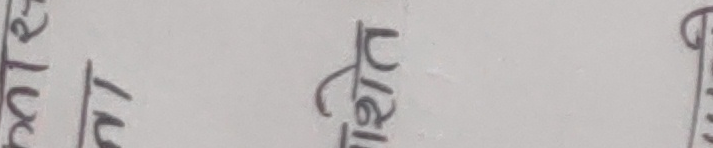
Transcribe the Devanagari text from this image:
९०/२ प्रमाणीत पुस